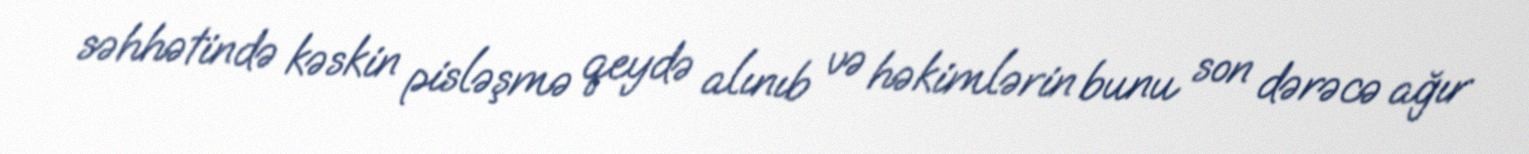
səhhətində kəskin pisləşmə qeydə alınıb və həkimlərin bunu son dərəcə ağır